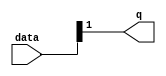
module  sin_altpriority_encoder_3v7
	( 
	data,
	q) ;
	input   [1:0]  data;
	output   [0:0]  q;
	assign
		q = {data[1]};
endmodule